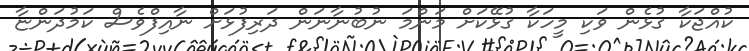
ކުއްޖަކާ ގުޅެން ވަކި މީހަކާ ގުޅޭކަށް މަންމަ ނުބުނާނަން ދަރިފުޅަށް ނާއިފްވެސް ކަމުދަންޏާ